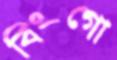
বিংগো